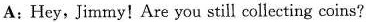
A:Hey, Jimmy! Are you still collecting coins?